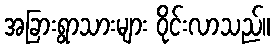
အခြားရွာသားများ ဝိုင်းလာသည်။